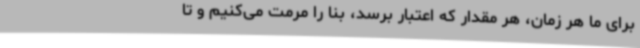
برای ما هر زمان، هر مقدار که اعتبار برسد، بنا را مرمت می‌کنیم و تا